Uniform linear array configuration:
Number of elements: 32
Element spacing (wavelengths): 0.75
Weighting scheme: hann
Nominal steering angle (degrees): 30
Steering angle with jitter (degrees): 31.628
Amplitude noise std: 0.05
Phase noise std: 0.05

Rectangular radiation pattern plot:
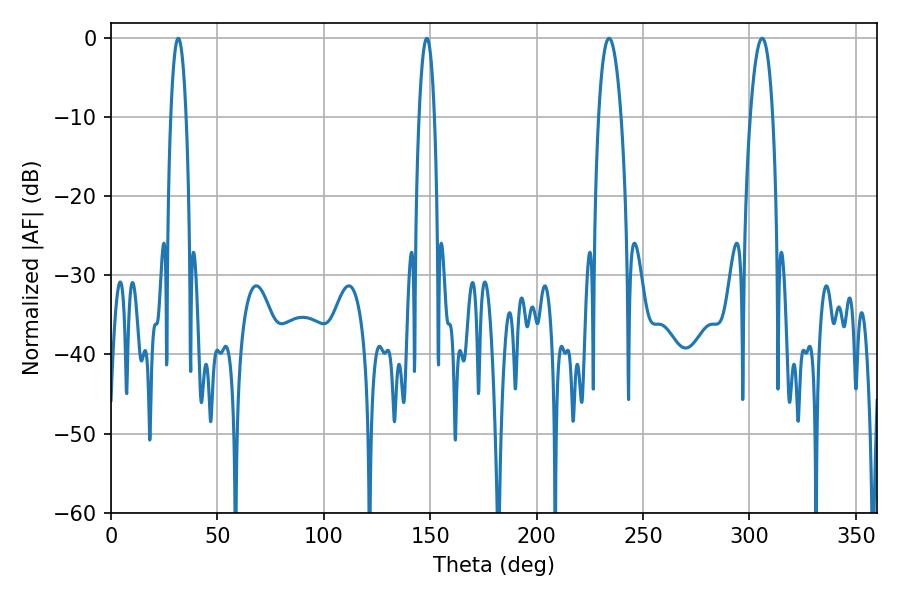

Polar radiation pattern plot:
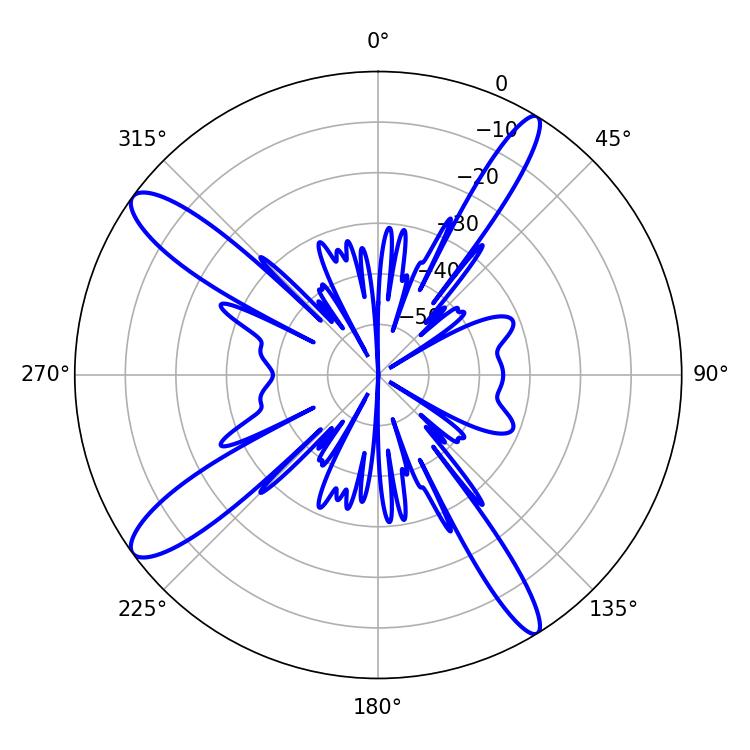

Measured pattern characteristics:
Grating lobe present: TRUE
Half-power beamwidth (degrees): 5.94
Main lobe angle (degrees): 234